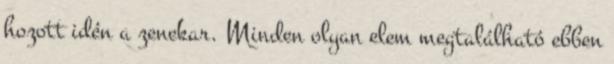
hozott idén a zenekar. Minden olyan elem megtalálható ebben